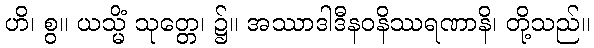
ဟိ၊ စွ။ ယသ္မိံ သုတ္တေ၊ ၌။ အဿာဒါဒီနဝနိဿရဏာနိ၊ တို့သည်။